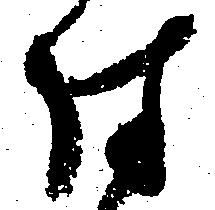
付